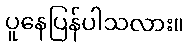
ပူနေပြန်ပါသလား။